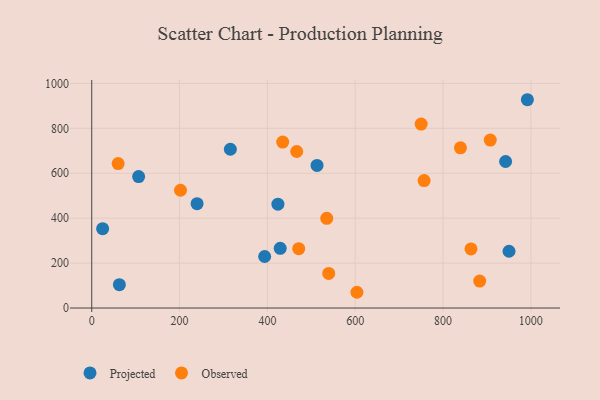
{"axis": {"x": "Speed", "y": "Fuel Efficiency"}, "legend": ["Observed", "Projected"], "data": [{"x": "24.8", "y": 353.1, "type": "Projected"}, {"x": "424.0", "y": 462.2, "type": "Projected"}, {"x": "429.2", "y": 265.9, "type": "Projected"}, {"x": "513.1", "y": 634.6, "type": "Projected"}, {"x": "393.8", "y": 229.3, "type": "Projected"}, {"x": "315.7", "y": 706.9, "type": "Projected"}, {"x": "950.3", "y": 252.7, "type": "Projected"}, {"x": "992.1", "y": 927.3, "type": "Projected"}, {"x": "62.9", "y": 103.9, "type": "Projected"}, {"x": "239.9", "y": 464.5, "type": "Projected"}, {"x": "106.8", "y": 585.0, "type": "Projected"}, {"x": "942.5", "y": 652.2, "type": "Projected"}, {"x": "883.5", "y": 120.0, "type": "Observed"}, {"x": "535.2", "y": 399.2, "type": "Observed"}, {"x": "750.2", "y": 818.7, "type": "Observed"}, {"x": "202.1", "y": 524.2, "type": "Observed"}, {"x": "907.6", "y": 747.8, "type": "Observed"}, {"x": "471.4", "y": 264.0, "type": "Observed"}, {"x": "756.9", "y": 567.2, "type": "Observed"}, {"x": "60.1", "y": 642.9, "type": "Observed"}, {"x": "466.8", "y": 696.9, "type": "Observed"}, {"x": "539.7", "y": 154.1, "type": "Observed"}, {"x": "603.9", "y": 70.1, "type": "Observed"}, {"x": "839.7", "y": 713.1, "type": "Observed"}, {"x": "434.9", "y": 738.6, "type": "Observed"}, {"x": "863.7", "y": 263.3, "type": "Observed"}]}